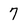
Character: 7